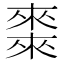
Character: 𠐇